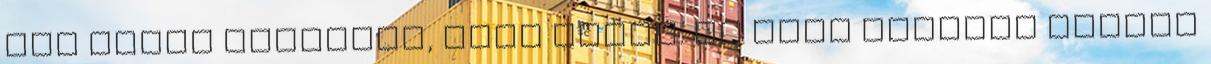
Egy ideig vergődik, majd eldől. Az élet elszáll belőle